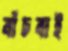
বাঁচবাই